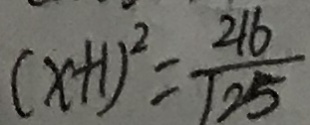
( x + 1 ) ^ { 2 } = \frac { 2 1 6 } { 1 2 5 }